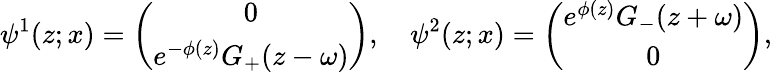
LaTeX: \psi^{1}(z;x)=\left(\begin{array}{cr}{{0}}\\ {{e^{-\phi(z)}G_{+}(z-\omega)}}\end{array}\right),~~~~\psi^{2}(z;x)=\left(\begin{array}{cr}{{e^{\phi(z)}G_{-}(z+\omega)}}\\ {{0}}\end{array}\right),